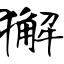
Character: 獬